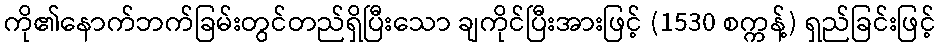
ကို၏နောက်ဘက်ခြမ်းတွင်တည်ရှိပြီးသော ချကိုင်ပြီးအားဖြင့် (1530 စက္ကန့်) ရှည်ခြင်းဖြင့်